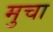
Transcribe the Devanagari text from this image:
मुचा